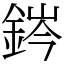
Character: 䤫